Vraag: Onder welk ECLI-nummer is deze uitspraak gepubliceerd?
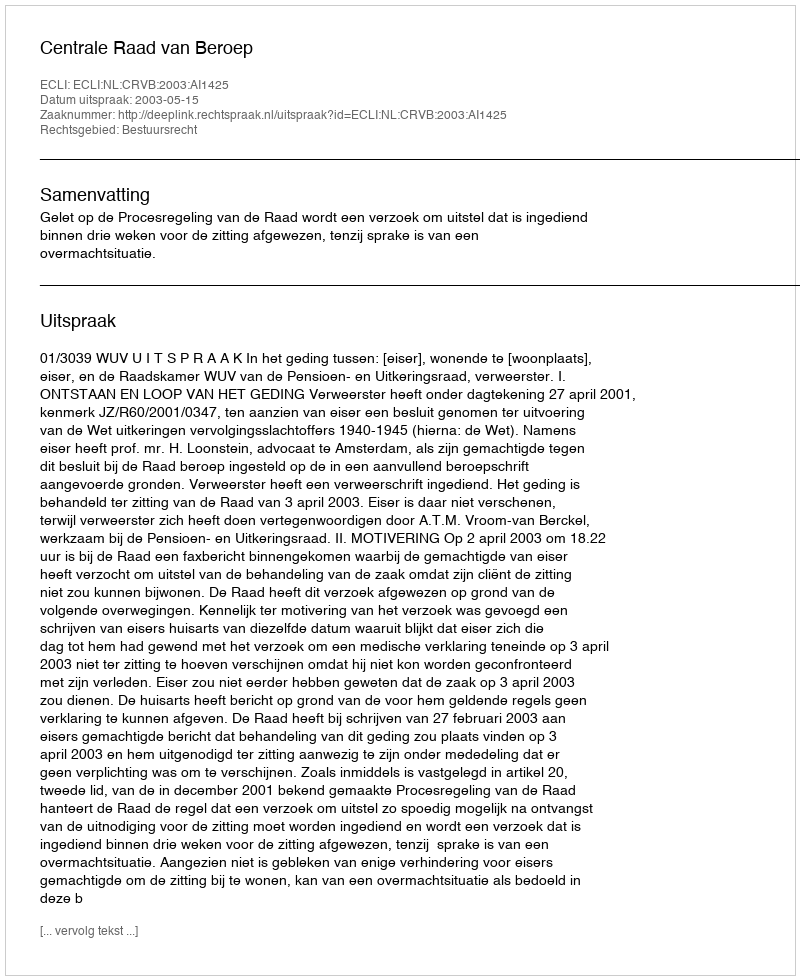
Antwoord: ECLI:NL:CRVB:2003:AI1425